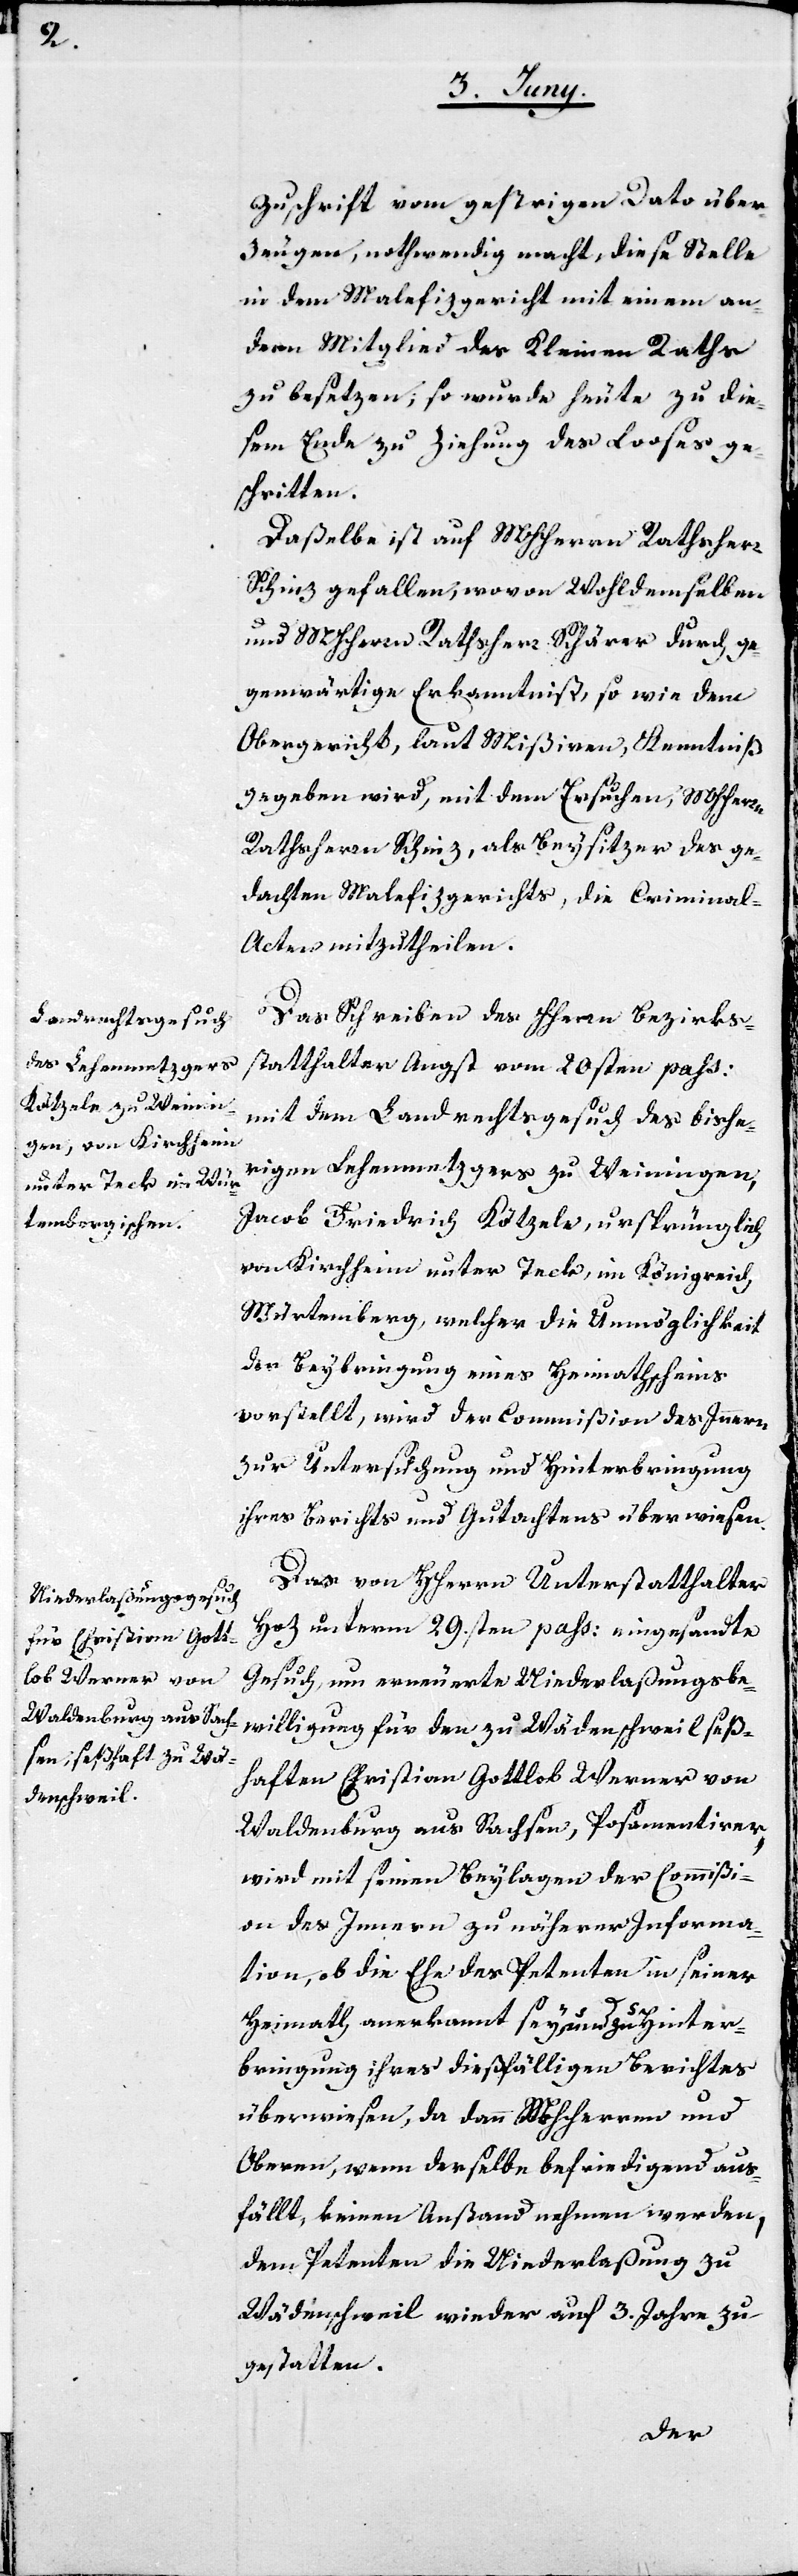
Zuschrift vom gestrigen Dato über¬
zeugen, nothwendig macht, diese Stelle
in dem Malefizgericht mit einem an¬
dern Mitglied des Kleinen Raths
zu besetzen; so wurde heute zu die¬
sem Ende zu Ziehung des Looses ge¬
schritten.
Daßelbe ist auf MHHerrn Rathsherr
Schinz gefallen, wovon Wohldemselben
und MHHerrn Rathsherr Schärer durch ge¬
genwärtige Erkanntnuß, so wie dem
Obergericht, laut Mißiven, Kenntniß
gegeben wird, mit dem Ersuchen, MHHerrn
Rathsherr Schinz, als Beysitzer des ge¬
dachten Malefizgerichts, die Criminal-A¬
cten mitzutheilen.
Das Schreiben des HHerrn Bezirks¬
statthalter Angst vom 20sten pass:
mit dem Landrechtsgesuch des bishe¬
rigen Lehenmetzgers zu Weinigen,
Jacob Friedrich Kötzele, ursprünglich
von Kirchheim unter Teck, im Königreich
Würtemberg, welcher die Unmöglichkeit
der Beybringung eines Heimathscheins
vorstellt, wird der Commißion des Innern
zur Untersuchung und Hinterbringung
ihres Berichts und Gutachtens überwiesen.
Das von Herrn Unterstatthalter
Hoz unterm 29.sten pass. eingesandte
Gesuch, um erneuerte Niederlaßungsbe¬
willigung für den zu Wädenschweil seß¬
haften Christian Gottlob Werner von
Waldenburg aus Sachsen, Posamentirer,
wird mit seinen Beylagen der Commißi¬
on des Innern zu näherer Informa¬
tion, ob die Ehe des Petenten in seiner
Heimath anerkannt sey, und zu Hinter¬
bringung ihres dießfälligen Berichtes
überwiesen, da dann MHHerren und
Oberen, wenn derselbe befriedigend aus¬
fällt, keinen Anstand nehmen werden,
dem Peteneten die Niederlaßung zu
Wädenschweil wieder auf 3. Jahre zu
gestatten.